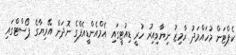
ކެޕްޓަން މުހައްމަދު ރާމިޒު ނިޔާވިއިރު ހުރީ ޑިއުޓީގައި އެމްއެންޑީއެފްގެ ނޮދަން އޭރިޔާގެ ޕޯސްޓްގައި